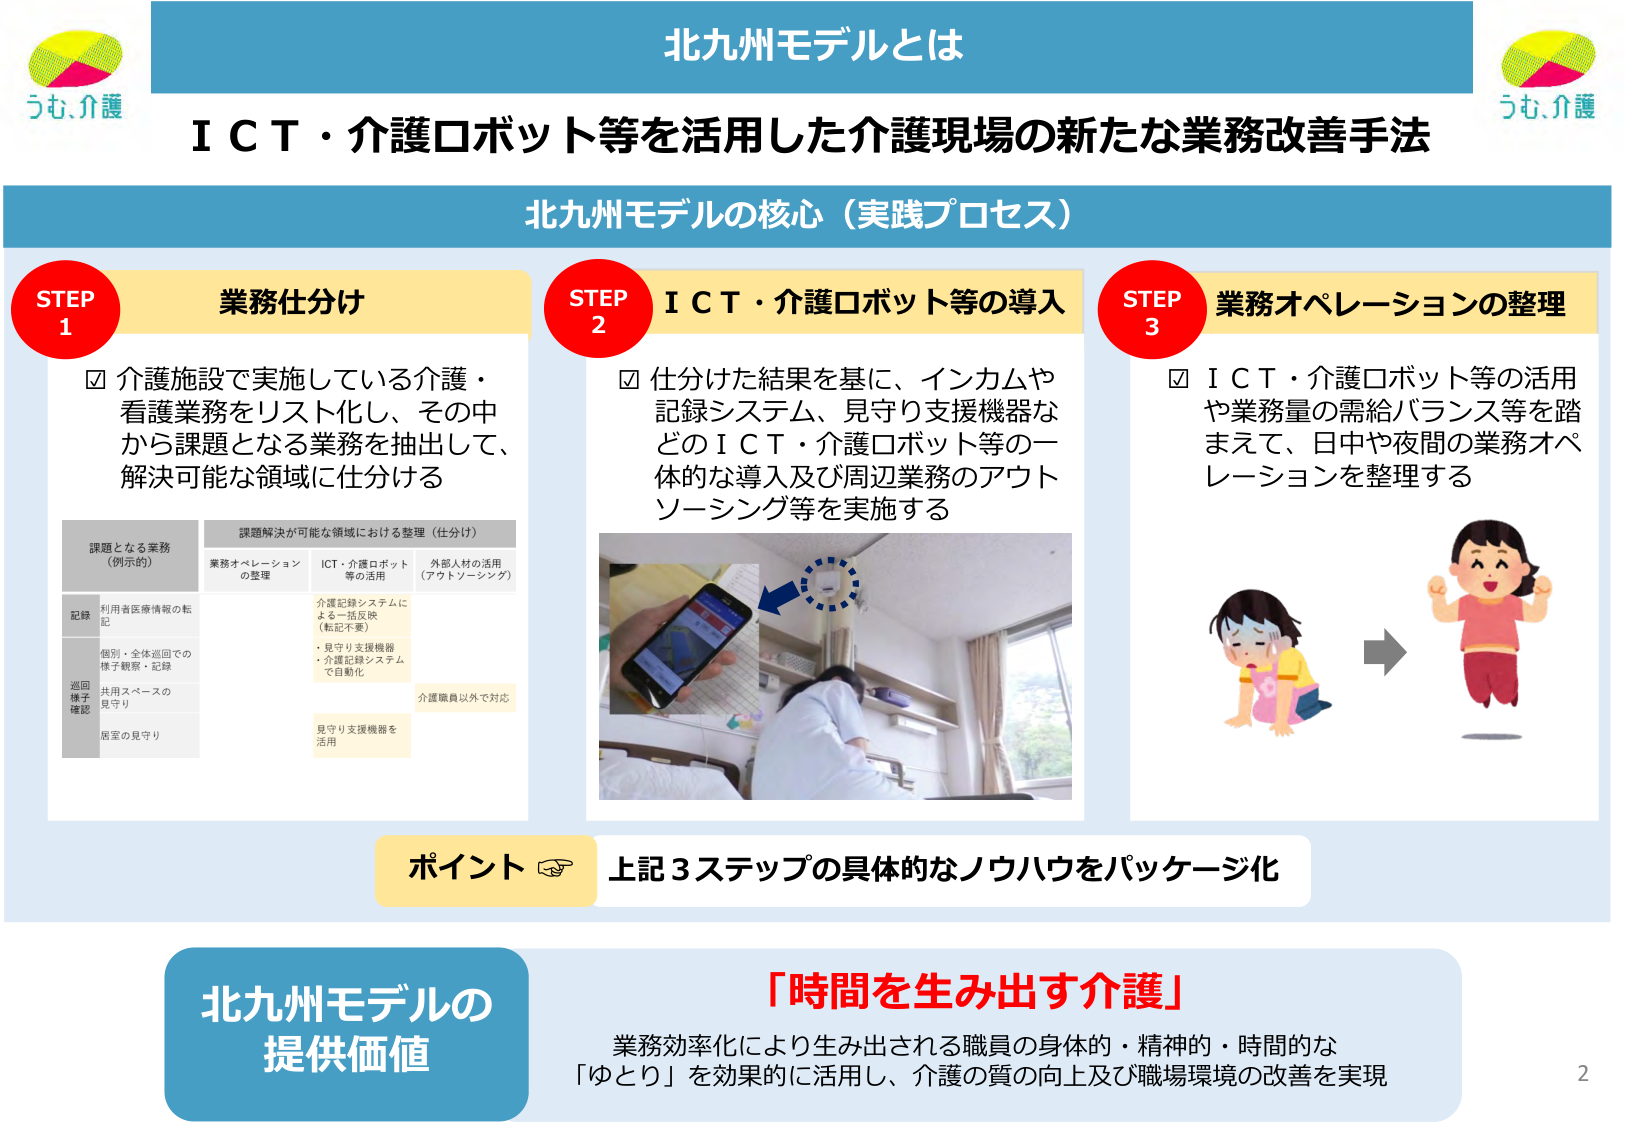
北九州モデルとは
うも、介護
ＩＣＴ・介護ロボット等を活用した介護現場の新たな業務改善手法

北九州モデルの核心（実践プロセス）

STEP 1 業務仕分け
☑ 介護施設で実施している介護・看護業務をリスト化し、その中から課題となる業務を抽出して、解決可能な領域に仕分ける

課題となる業務（例示的）
記録
・利用者医療情報の転記
・個別・全体巡回での様子観察・記録
巡回様子確認
・共用スペースの見守り
・居室の見守り

課題解決が可能な領域における整理（仕分け）
業務オペレーションの整理
ICT・介護ロボット等の活用
外部人材の活用（アウトソーシング）
・介護記録システムによる一括反映（転記不要）
・見守り支援機器・介護記録システムで自動化
介護職員以外で対応
・見守り支援機器を活用

STEP 2 ＩＣＴ・介護ロボット等の導入
☑ 仕分けた結果を基に、インカムや記録システム、見守り支援機器などのＩＣＴ・介護ロボット等の一体的な導入及び周辺業務のアウトソーシング等を実施する

STEP 3 業務オペレーションの整理
☑ ＩＣＴ・介護ロボット等の活用や業務量の需給バランス等を踏まえて、日中や夜間の業務オペレーションを整理する

ポイント → 上記3ステップの具体的なノウハウをパッケージ化

北九州モデルの提供価値
「時間を生み出す介護」
業務効率化により生み出される職員の身体的・精神的・時間的な「ゆとり」を効果的に活用し、介護の質の向上及び職場環境の改善を実現

うも、介護
2